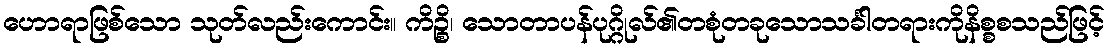
ဟောရာဖြစ်သော သုတ်လည်းကောင်း။ ကိဉ္စိ၊ သောတာပန်ပုဂ္ဂိုလ်၏တစုံတခုသောသင်္ခါတရားကိုနိစ္စစသည်ဖြင့်